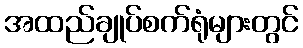
အထည်ချုပ်စက်ရုံများတွင်